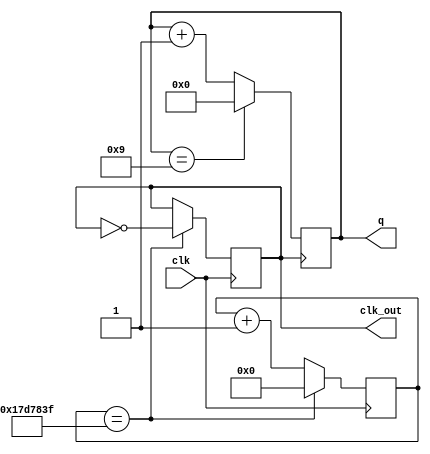
module my1hz(clk,clk_out,q);
input clk;
output reg clk_out;
output reg[3:0] q;
reg[26:0] cnt;
always @(posedge clk)
begin
if(cnt==27'd24_999_999)
	begin
		cnt<=27'd0;
		clk_out<=~clk_out;
	end
else
	cnt<=cnt+1;
end

always @(posedge clk_out)
begin
if(q==4'd9)
	q<=0;
else
	q<=q+1;
end
endmodule